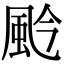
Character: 𩖦